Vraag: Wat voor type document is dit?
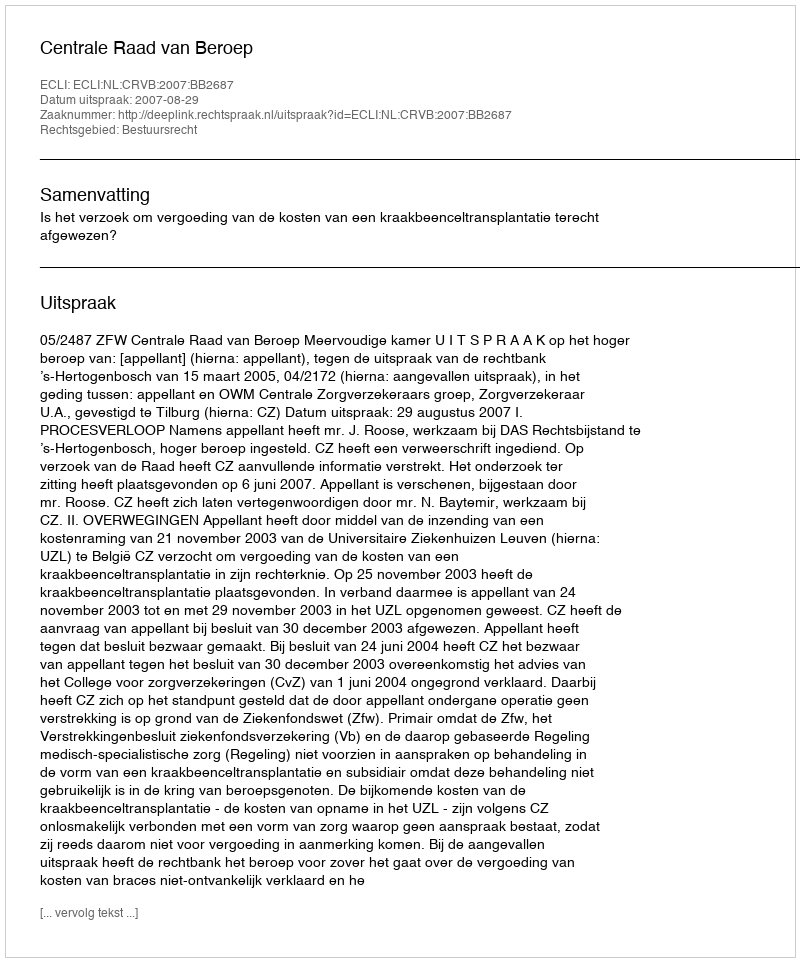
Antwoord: Uitspraak